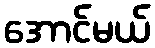
အောင်မယ်